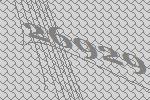
26929